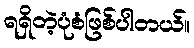
ရရှိတဲ့ပုံစံဖြစ်ပါတယ်။